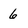
Character: 6